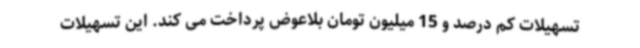
تسهیلات کم درصد و 15 میلیون تومان بلاعوض پرداخت می کند. این تسهیلات